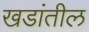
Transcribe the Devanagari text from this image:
खडांतील